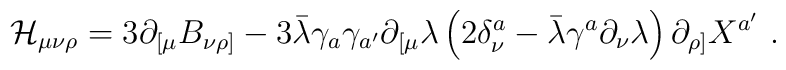
{\cal H}_{\mu\nu\rho}= 3\partial_{[\mu} B_{\nu\rho ]}-  3\bar\lambda\gamma_a\gamma_{a'}\partial_{[\mu}\lambda\left( 2\delta_{\nu}^a-\bar \lambda\gamma^a\partial_\nu\lambda\right)\partial_{\rho]}X^{a'}\ .